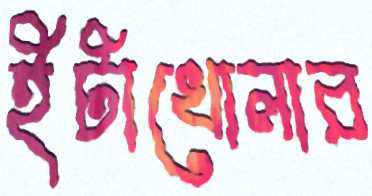
ইটাখোলার